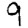
Digit: 9